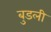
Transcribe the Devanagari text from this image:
बुडली